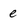
Character: e